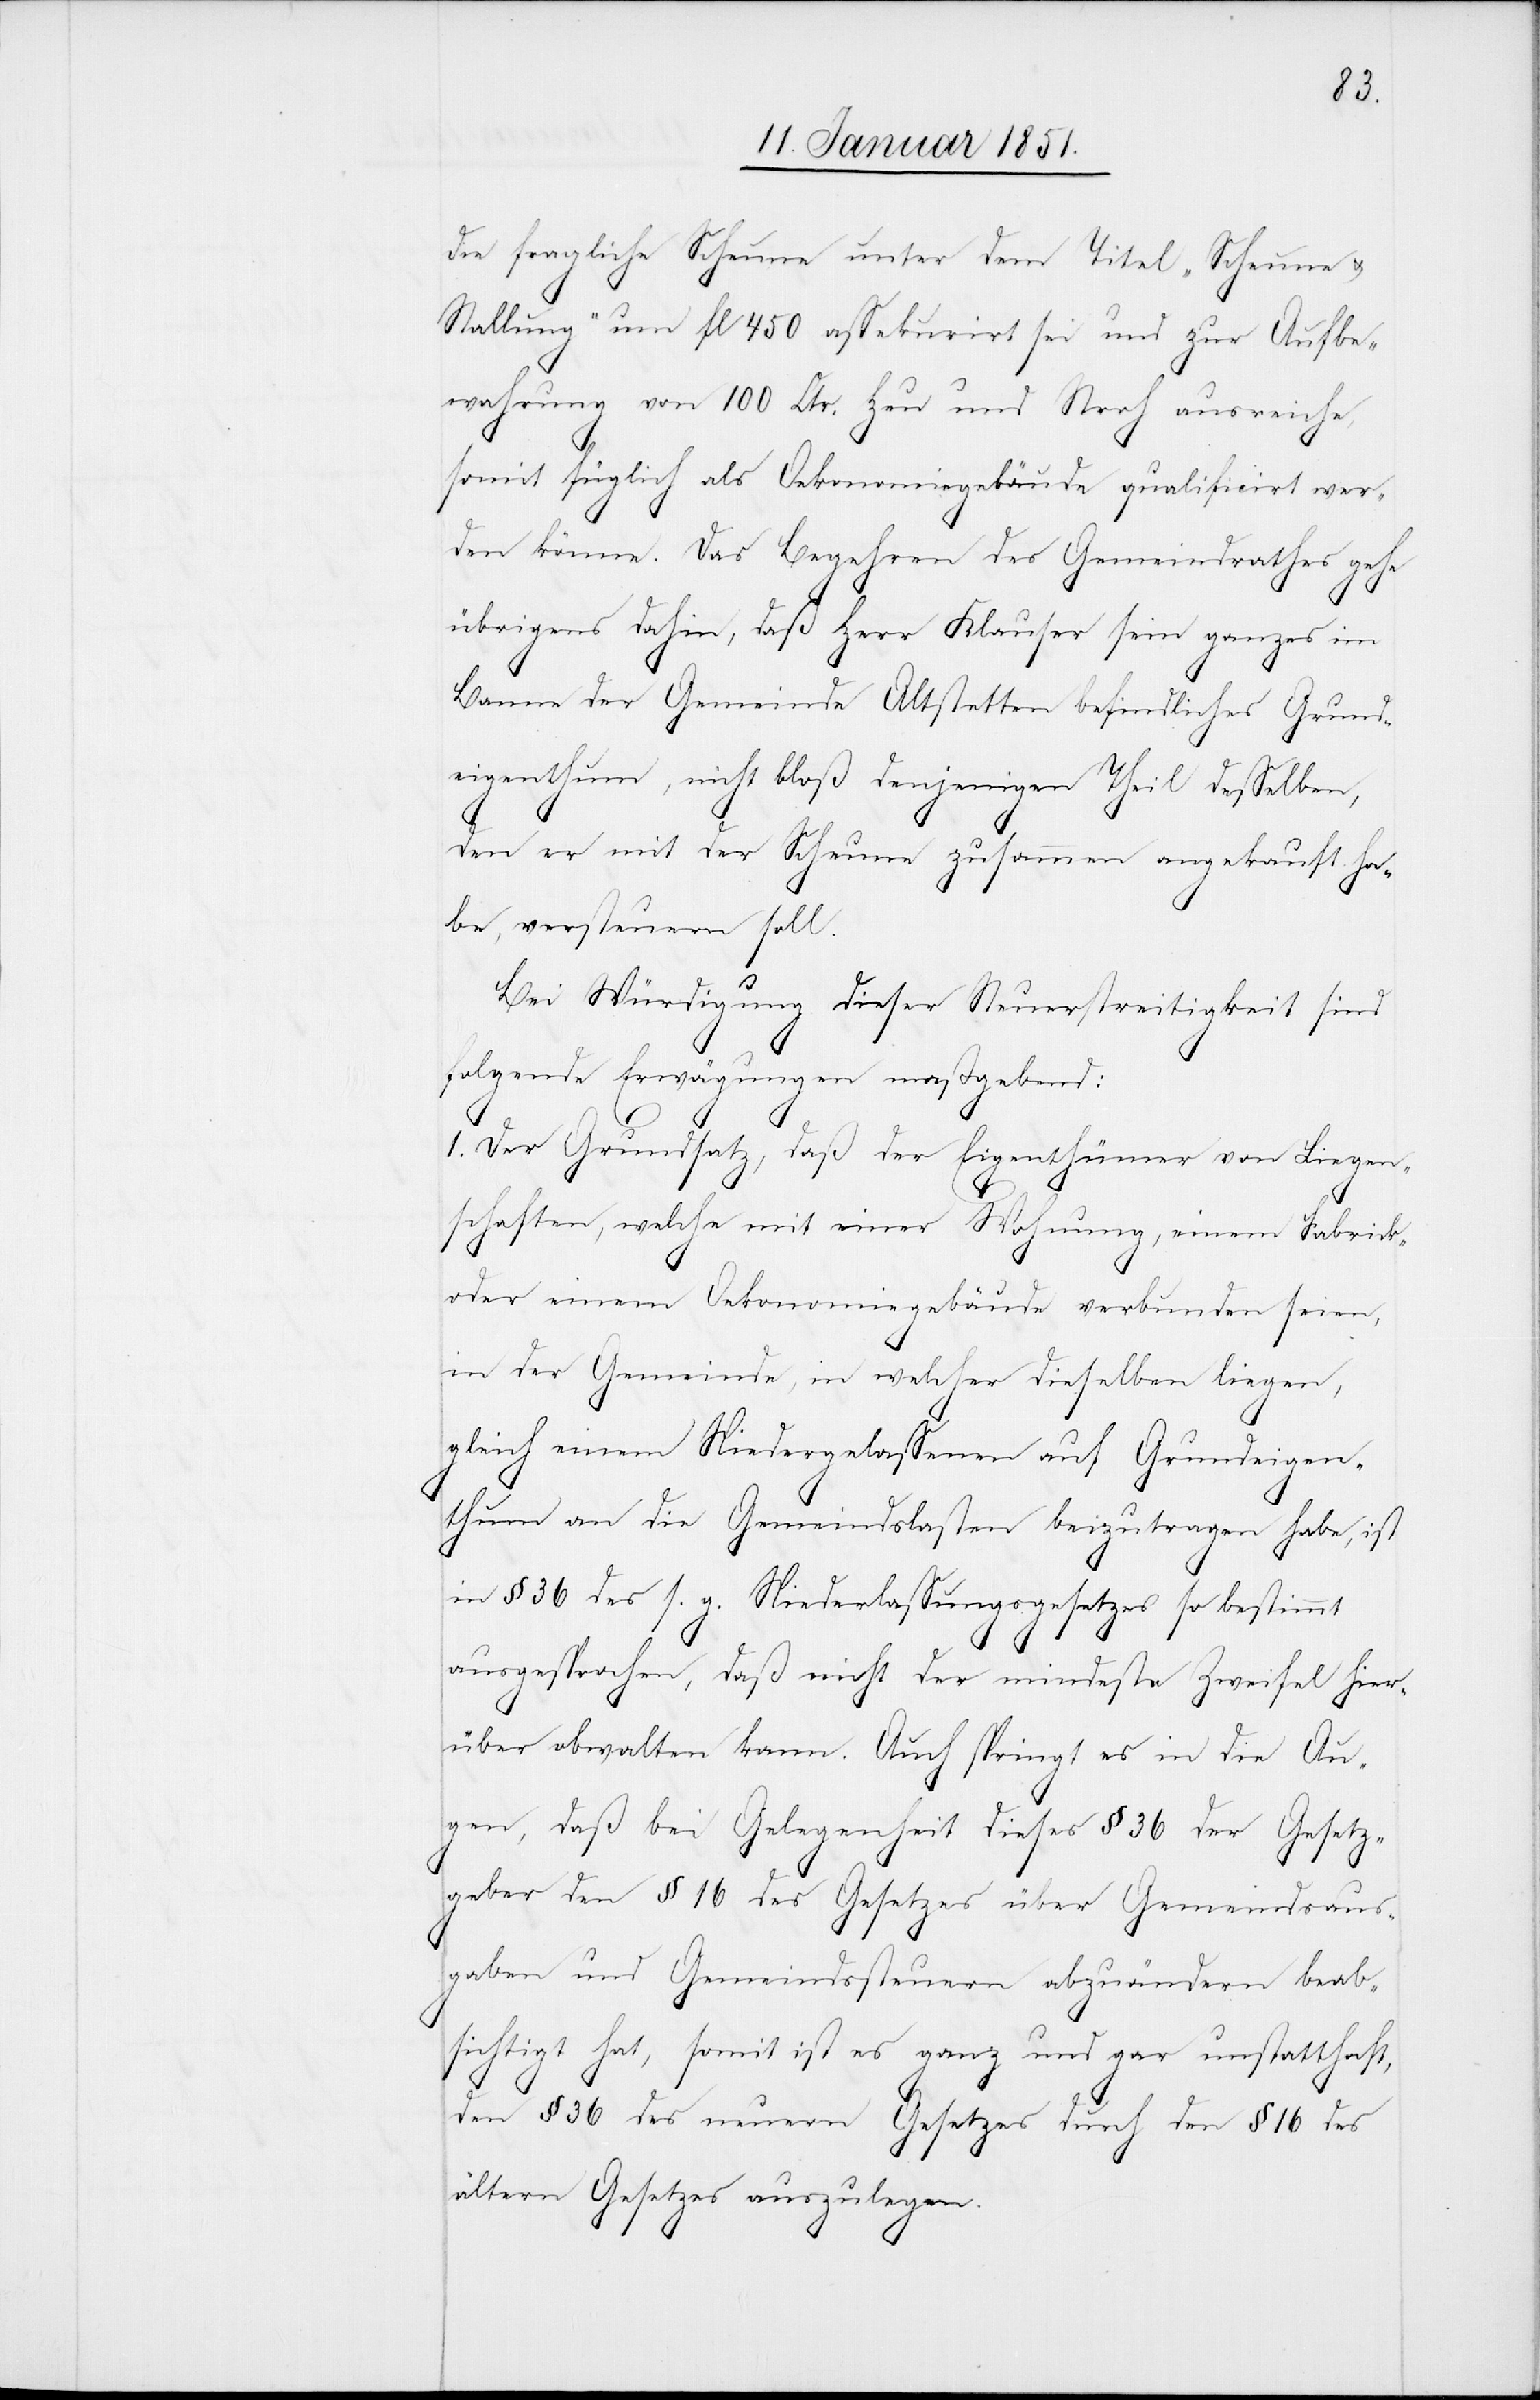
die fragliche Scheune unter dem Titel „Scheune u.
Stallung“ um fl 450 assekurirt sei und zur Aufbe¬
wahrung von 100 Ctr. Heu und Stroh ausreiche,
somit füglich als Oekonomiegebäude qualificirt wer¬
den könne. Das Begehren des Gemeindrathes gehe
übrigens dahin, daß Herr Klauser sein ganzes im
Banne der Gemeinde Altstetten befindliches Grund¬
eigenthum, nicht bloß denjenigen Theil desselben,
den er mit der Scheune zusammen angekauft ha¬
be, versteuern soll.
Bei Würdigung dieser Steuerstreitigkeit sind
folgende Erwägungen maßgebend:
1. Der Grundsatz, daß der Eigenthümer von Liegen¬
schaften, welche mit einer Wohnung, einem Fabrik-
oder einem Oekonomiegebäude verbunden seien,
in der Gemeinde, in welcher dieselben liegen,
gleich einem Niedergelassenen auf Grundeigen¬
thum an die Gemeindslasten beizutragen habe, ist
in § 36 des s. g. Niederlassungsgesetzes so bestimmt
ausgesprochen, daß nicht der mindeste Zweifel hier¬
über obwalten kann. Auch springt es in die Au¬
gen, daß bei Gelegenheit dieses § 36 der Gesetz¬
geber den § 16 des Gesetzes über Gemeindsaus¬
gaben und Gemeindssteuern abzuändern beab¬
sichtigt hat, somit ist es ganz und gar unstatthaft,
den § 36 des neuern Gesetzes durch den § 16 des
ältern Gesetzes auszulegen.